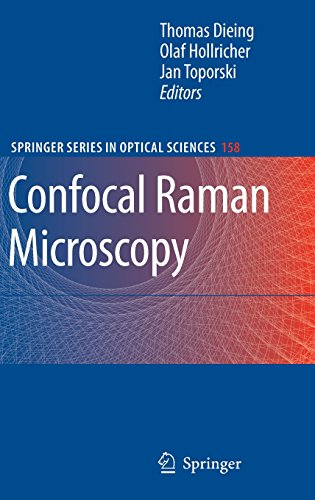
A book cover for Confocal Raman Microscopy (Springer Series in Optical Sciences); Science & Math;